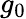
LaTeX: g_{0}